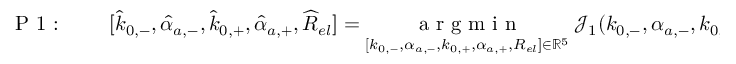
\textrm { P 1 : } \qquad [ \widehat { k } _ { 0 , - } , { \widehat { \alpha } _ { a , - } } , \widehat { k } _ { 0 , + } , { \widehat { \alpha } _ { a , + } } , \widehat { R } _ { e l } ] = \underset { [ k _ { 0 , - } , { \alpha _ { a , - } } , k _ { 0 , + } , { \alpha _ { a , + } } , R _ { e l } ] \in \mathbb { R } ^ { 5 } } { \textrm { a r g m i n } } ~ \mathcal { J } _ { 1 } ( k _ { 0 , - } , { \alpha _ { a , - } } , k _ { 0 , + } , { \alpha _ { a , + } } , R _ { e l } ) ,